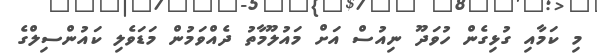
މި ކަމާއި ގުޅިގެން ހުވަދޫ ނިއުސް އަށް މައުލޫމާތު ދެއްވަމުން މަޑަވެލި ކައުންސިލްގެ